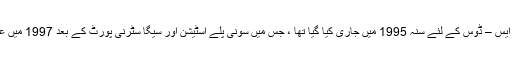
یہ پہلی بار ایم ایس – ڈوس کے لئے سنہ 1995 میں جاری کیا گیا تھا ، جس میں سونی پلے اسٹیشن اور سیگا سٹرنی پورٹ کے بعد 1997 میں عمل کیا گیا تھا۔